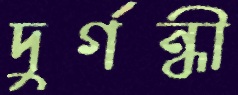
দুর্গন্ধী